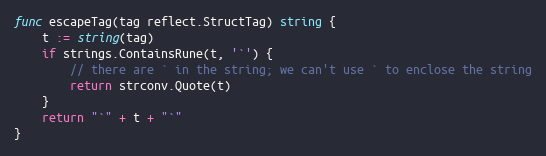
Language: Go
func escapeTag(tag reflect.StructTag) string {
	t := string(tag)
	if strings.ContainsRune(t, '`') {
		// there are ` in the string; we can't use ` to enclose the string
		return strconv.Quote(t)
	}
	return "`" + t + "`"
}